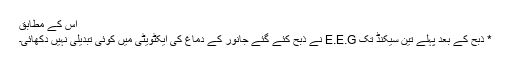
اس کے مطابق
* ذبح کے بعد پہلے تین سیکنڈ تک E.E.G نے ذبح کئے گئے جانور کے دماغ کی ایکٹویٹی میں کوئی تبدیلی نہیں دکھائی۔